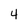
Character: 4